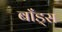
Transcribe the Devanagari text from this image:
बाँड्स